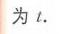
为 \(l.\)